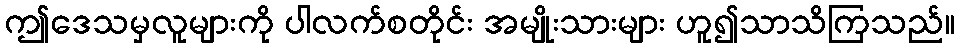
ဤဒေသမှလူများကို ပါလက်စတိုင်း အမျိုးသားများ ဟူ၍သာသိကြသည်။